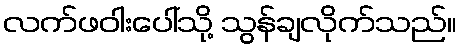
လက်ဖဝါးပေါ်သို့ သွန်ချလိုက်သည်။